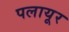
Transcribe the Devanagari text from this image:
पलायूर